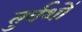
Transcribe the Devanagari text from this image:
तुर्वशों